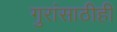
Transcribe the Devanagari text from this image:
गुरांसाठीही